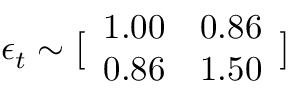
\displaystyle \boldsymbol { \epsilon } _ { t } \sim \bigl [ \begin{array} { l l } { 1 . 0 0 } & { 0 . 8 6 } \\ { 0 . 8 6 } & { 1 . 5 0 } \end{array} \bigr ]